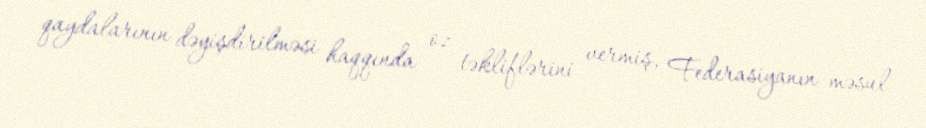
qaydalarının dəyişdirilməsi haqqında oz təkliflərini vermiş, Federasiyanın məsul